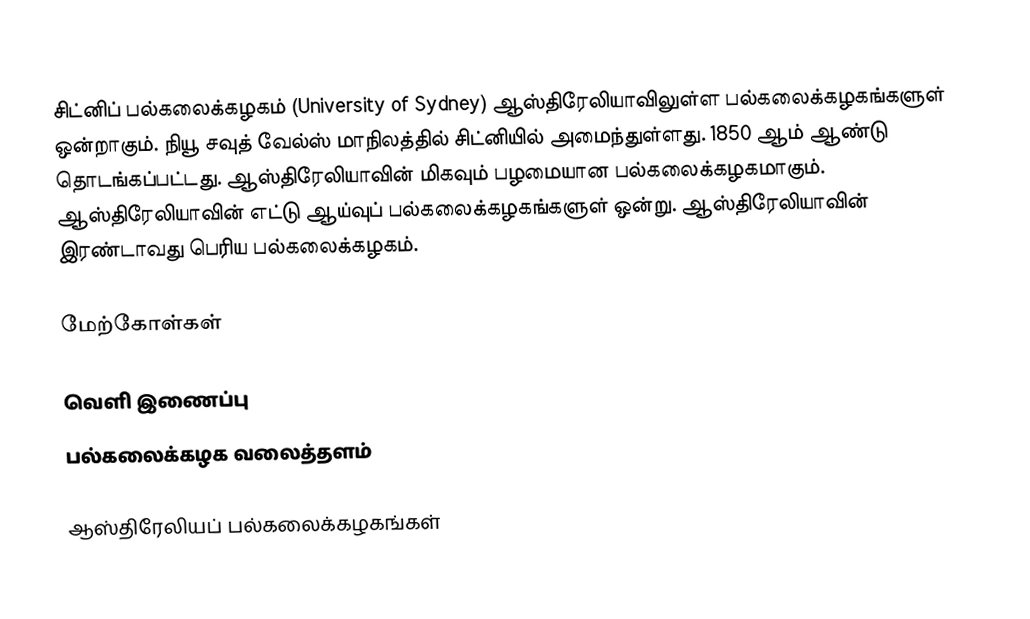
சிட்னிப் பல்கலைக்கழகம் (University of Sydney) ஆஸ்திரேலியாவிலுள்ள பல்கலைக்கழகங்களுள் ஒன்றாகும். நியூ சவுத் வேல்ஸ் மாநிலத்தில் சிட்னியில் அமைந்துள்ளது. 1850 ஆம் ஆண்டு தொடங்கப்பட்டது. ஆஸ்திரேலியாவின் மிகவும் பழமையான பல்கலைக்கழகமாகும். ஆஸ்திரேலியாவின் எட்டு ஆய்வுப் பல்கலைக்கழகங்களுள் ஒன்று. ஆஸ்திரேலியாவின் இரண்டாவது பெரிய பல்கலைக்கழகம்.

மேற்கோள்கள்

வெளி இணைப்பு
 பல்கலைக்கழக வலைத்தளம்

ஆஸ்திரேலியப் பல்கலைக்கழகங்கள்